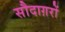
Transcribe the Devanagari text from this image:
सौदाग़रों